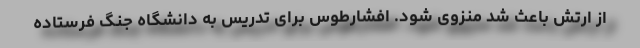
از ارتش باعث شد منزوی شود. افشارطوس برای تدریس به دانشگاه جنگ فرستاده